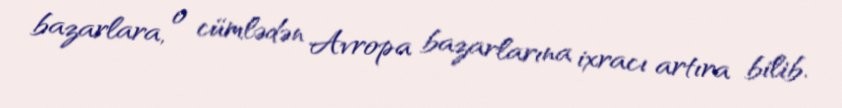
bazarlara, o cümlədən Avropa bazarlarına ixracı artıra bilib.